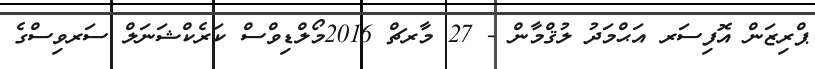
ޕްރިޒަން އޮފިސަރ އަޙްމަދު ލުޤްމާން - 27 މާރޗް 2016މޯލްޑިވްސް ކަރެކްޝަނަލް ސަރވިސްގެ